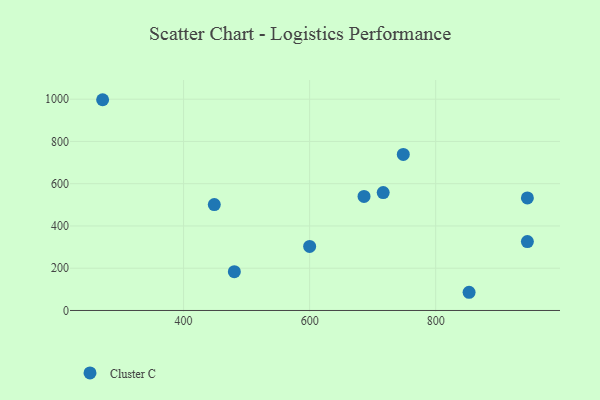
{"axis": {"x": "Investment", "y": "Yield"}, "legend": ["Cluster C"], "data": [{"x": "716.7", "y": 557.8, "type": "Cluster C"}, {"x": "748.6", "y": 738.4, "type": "Cluster C"}, {"x": "853.0", "y": 86.1, "type": "Cluster C"}, {"x": "600.0", "y": 303.1, "type": "Cluster C"}, {"x": "271.5", "y": 997.5, "type": "Cluster C"}, {"x": "480.5", "y": 183.5, "type": "Cluster C"}, {"x": "945.5", "y": 532.8, "type": "Cluster C"}, {"x": "448.7", "y": 501.2, "type": "Cluster C"}, {"x": "686.3", "y": 539.6, "type": "Cluster C"}, {"x": "945.5", "y": 326.3, "type": "Cluster C"}]}